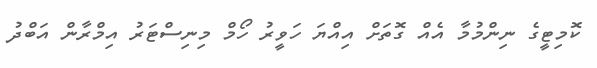
ކޮމިޓީގެ ނިންމުމާ އެއް ގޮތަށް އިއްޔަ ހަވީރު ހޯމް މިނިސްޓަރު އިމްރާން އަބްދު